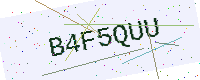
Text: B4F5QUU